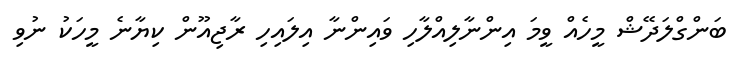
ބަންގްލަދޭޝް މީހެއް ވީމަ އިންނާލިއްލާހި ވައިންނާ އިލައިހި ރާޖިއޫން ކިޔާނެ މީހަކު ނުވި